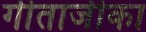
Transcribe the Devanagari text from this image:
गीताजीका